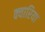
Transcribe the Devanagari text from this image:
क्यारिया